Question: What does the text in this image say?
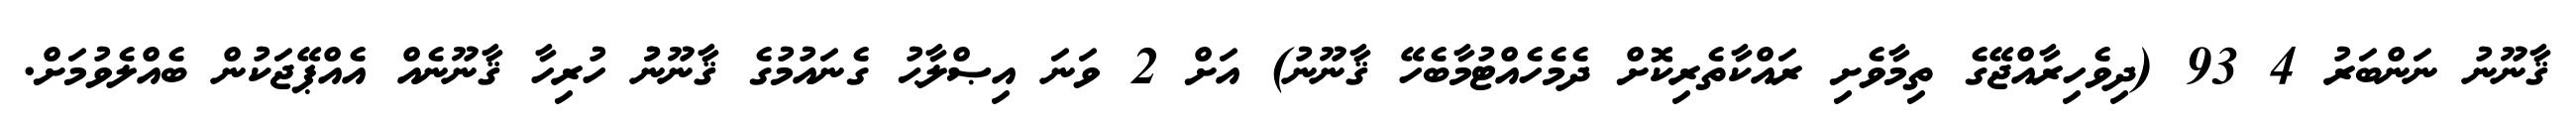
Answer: ޤާނޫނު ނަންބަރު 4 93 (ދިވެހިރާއްޖޭގެ ތިމާވެށި ރައްކާތެރިކޮށް ދެމެހެއްޓުމާބެހޭ ޤާނޫނު) އަށް 2 ވަނަ އިޞްލާޙު ގެނައުމުގެ ޤާނޫނުު ހުރިހާ ޤާނޫނެއް އެއްޕޭޖަކުން ބެއްލެވުމަށް.